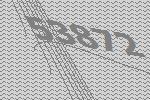
53872